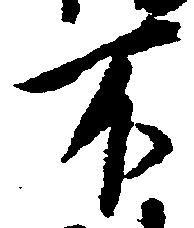
不